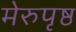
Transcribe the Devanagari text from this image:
मेरुपृष्ठ